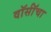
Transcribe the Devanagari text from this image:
वॉर्सॉचा